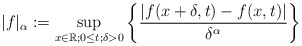
\begin{align*}|f|_\alpha:=\underset{x\in\mathbb R; 0\le t; \delta>0}\sup \left\{ \frac{|f(x+\delta,t)-f(x,t)|}{\delta^{\alpha}}\right\}\end{align*}